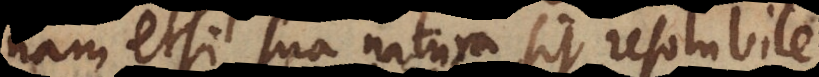
nam etsi sua natura sit resolubile